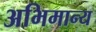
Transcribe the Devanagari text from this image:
अभिमान्य